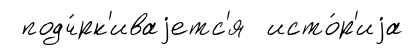
подч́рк'иваjетс'я исто́р'иjа